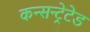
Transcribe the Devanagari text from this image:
कन्सन्ट्रेटेड